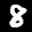
Label: 8